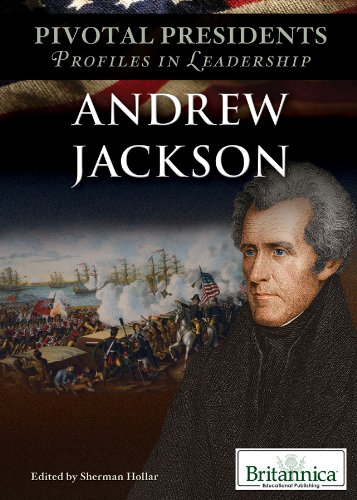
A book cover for Andrew Jackson (Pivotal Presidents: Profiles in Leadership); Teen & Young Adult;